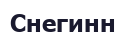
Снегинн